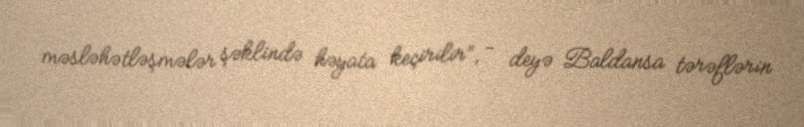
məsləhətləşmələr şəklində həyata keçirilir”, - deyə Baldansa tərəflərin